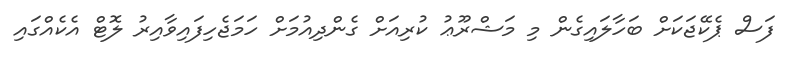
ފަސް ޕެކޭޖަކަށް ބަހާލައިގެން މި މަޝްރޫޢު ކުރިއަށް ގެންދިއުމަށް ހަމަޖެހިފައިވާއިރު ލޮޓް އެކެއްގައި